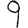
Digit: 9